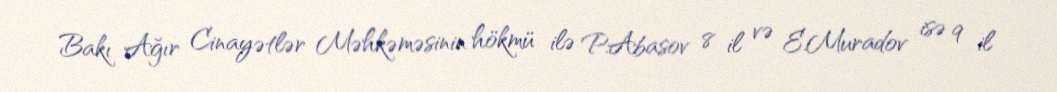
Bakı Ağır Cinayətlər Məhkəməsinin hökmü ilə P.Abasov 8 il və E.Muradov isə 9 il